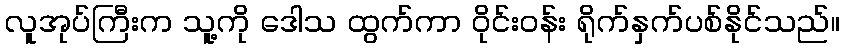
လူအုပ်ကြီးက သူ့ကို ဒေါသ ထွက်ကာ ဝိုင်းဝန်း ရိုက်နှက်ပစ်နိုင်သည်။